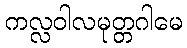
ကလ္လဝါလမုတ္တဂါမေ